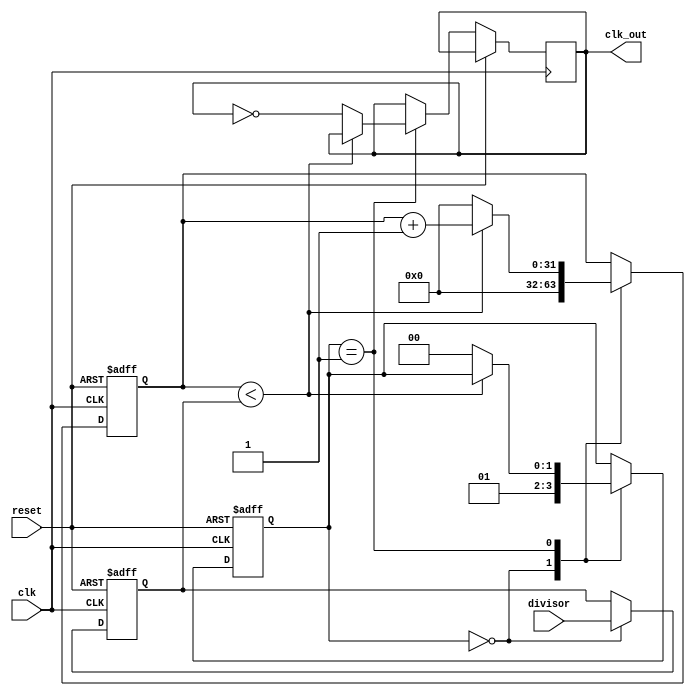
module floating_point_clock_divider (
  input wire clk,
  input wire reset,
  input wire [31:0] divisor,
  output wire clk_out
);

  reg [31:0] count;
  reg [31:0] divide_value;
  reg [1:0] state;

  always @(posedge clk or posedge reset) begin
    if (reset) begin
      count <= 0;
      divide_value <= 0;
      state <= 2'b00;
    end else begin
      case (state)
        2'b00: begin
          count <= 0;
          divide_value <= divisor;
          state <= 2'b01;
        end
        2'b01: begin
          if (count < divide_value) begin
            count <= count + 1;
          end else begin
            count <= 0;
            clk_out <= ~clk_out;
            state <= 2'b00;
          end
        end
      endcase
    end
  end

endmodule